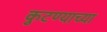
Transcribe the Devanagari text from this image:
कुटण्याच्या